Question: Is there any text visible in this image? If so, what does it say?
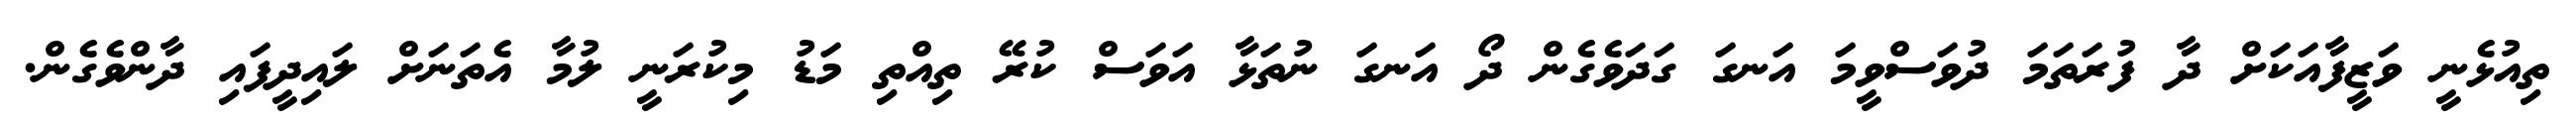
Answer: ތިއުޅެނީ ވަޒީފާއަކަށް ދާ ފުރަތަމަ ދުވަސްވީމަ އަނގަ ގަދަވެގެން ދޯ އަނގަ ނުތަޅާ އަވަސް ކުރޭ ތިއްތި މަޑު މިކުރަނީ ލުމާ އެތަނަށް ލައިދީފައި ދާންވެގެން.